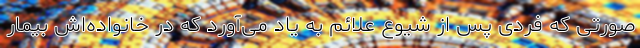
صورتی که فردی پس از شیوع علائم به یاد می‌آورد که در خانواده‌اش بیمار